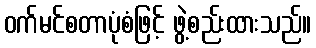
ဝက်မင်စတာပုံစံဖြင့် ဖွဲ့စည်းထားသည်။